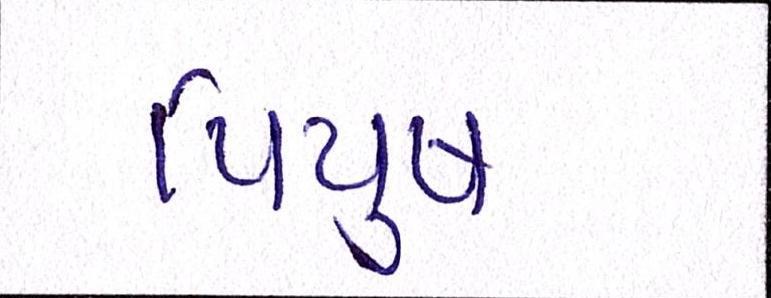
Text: પિયુષ